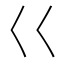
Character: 巜